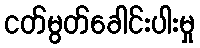
ငတ်မွတ်ခေါင်းပါးမှု